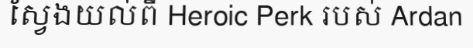
ស្វែងយល់ពី Heroic Perk របស់ Ardan